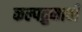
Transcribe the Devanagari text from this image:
कल्पद्रुमाचीं